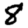
Digit: 8